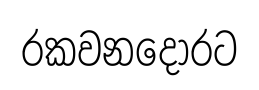
රකවනදොරට